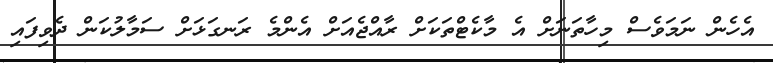
އެހެން ނަމަވެސް މިހާތަނަށް އެ މާކެޓްތަކަށް ރާއްޖެއަށް އެންމެ ރަނގަޅަށް ސަމާލުކަން ދެވިފައި